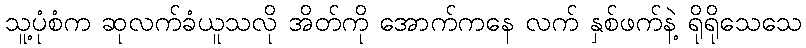
သူ့ပုံစံက ဆုလက်ခံယူသလို အိတ်ကို အောက်ကနေ လက် နှစ်ဖက်နဲ့ ရိုရိုသေသေ